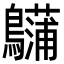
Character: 𪇨